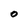
Character: O